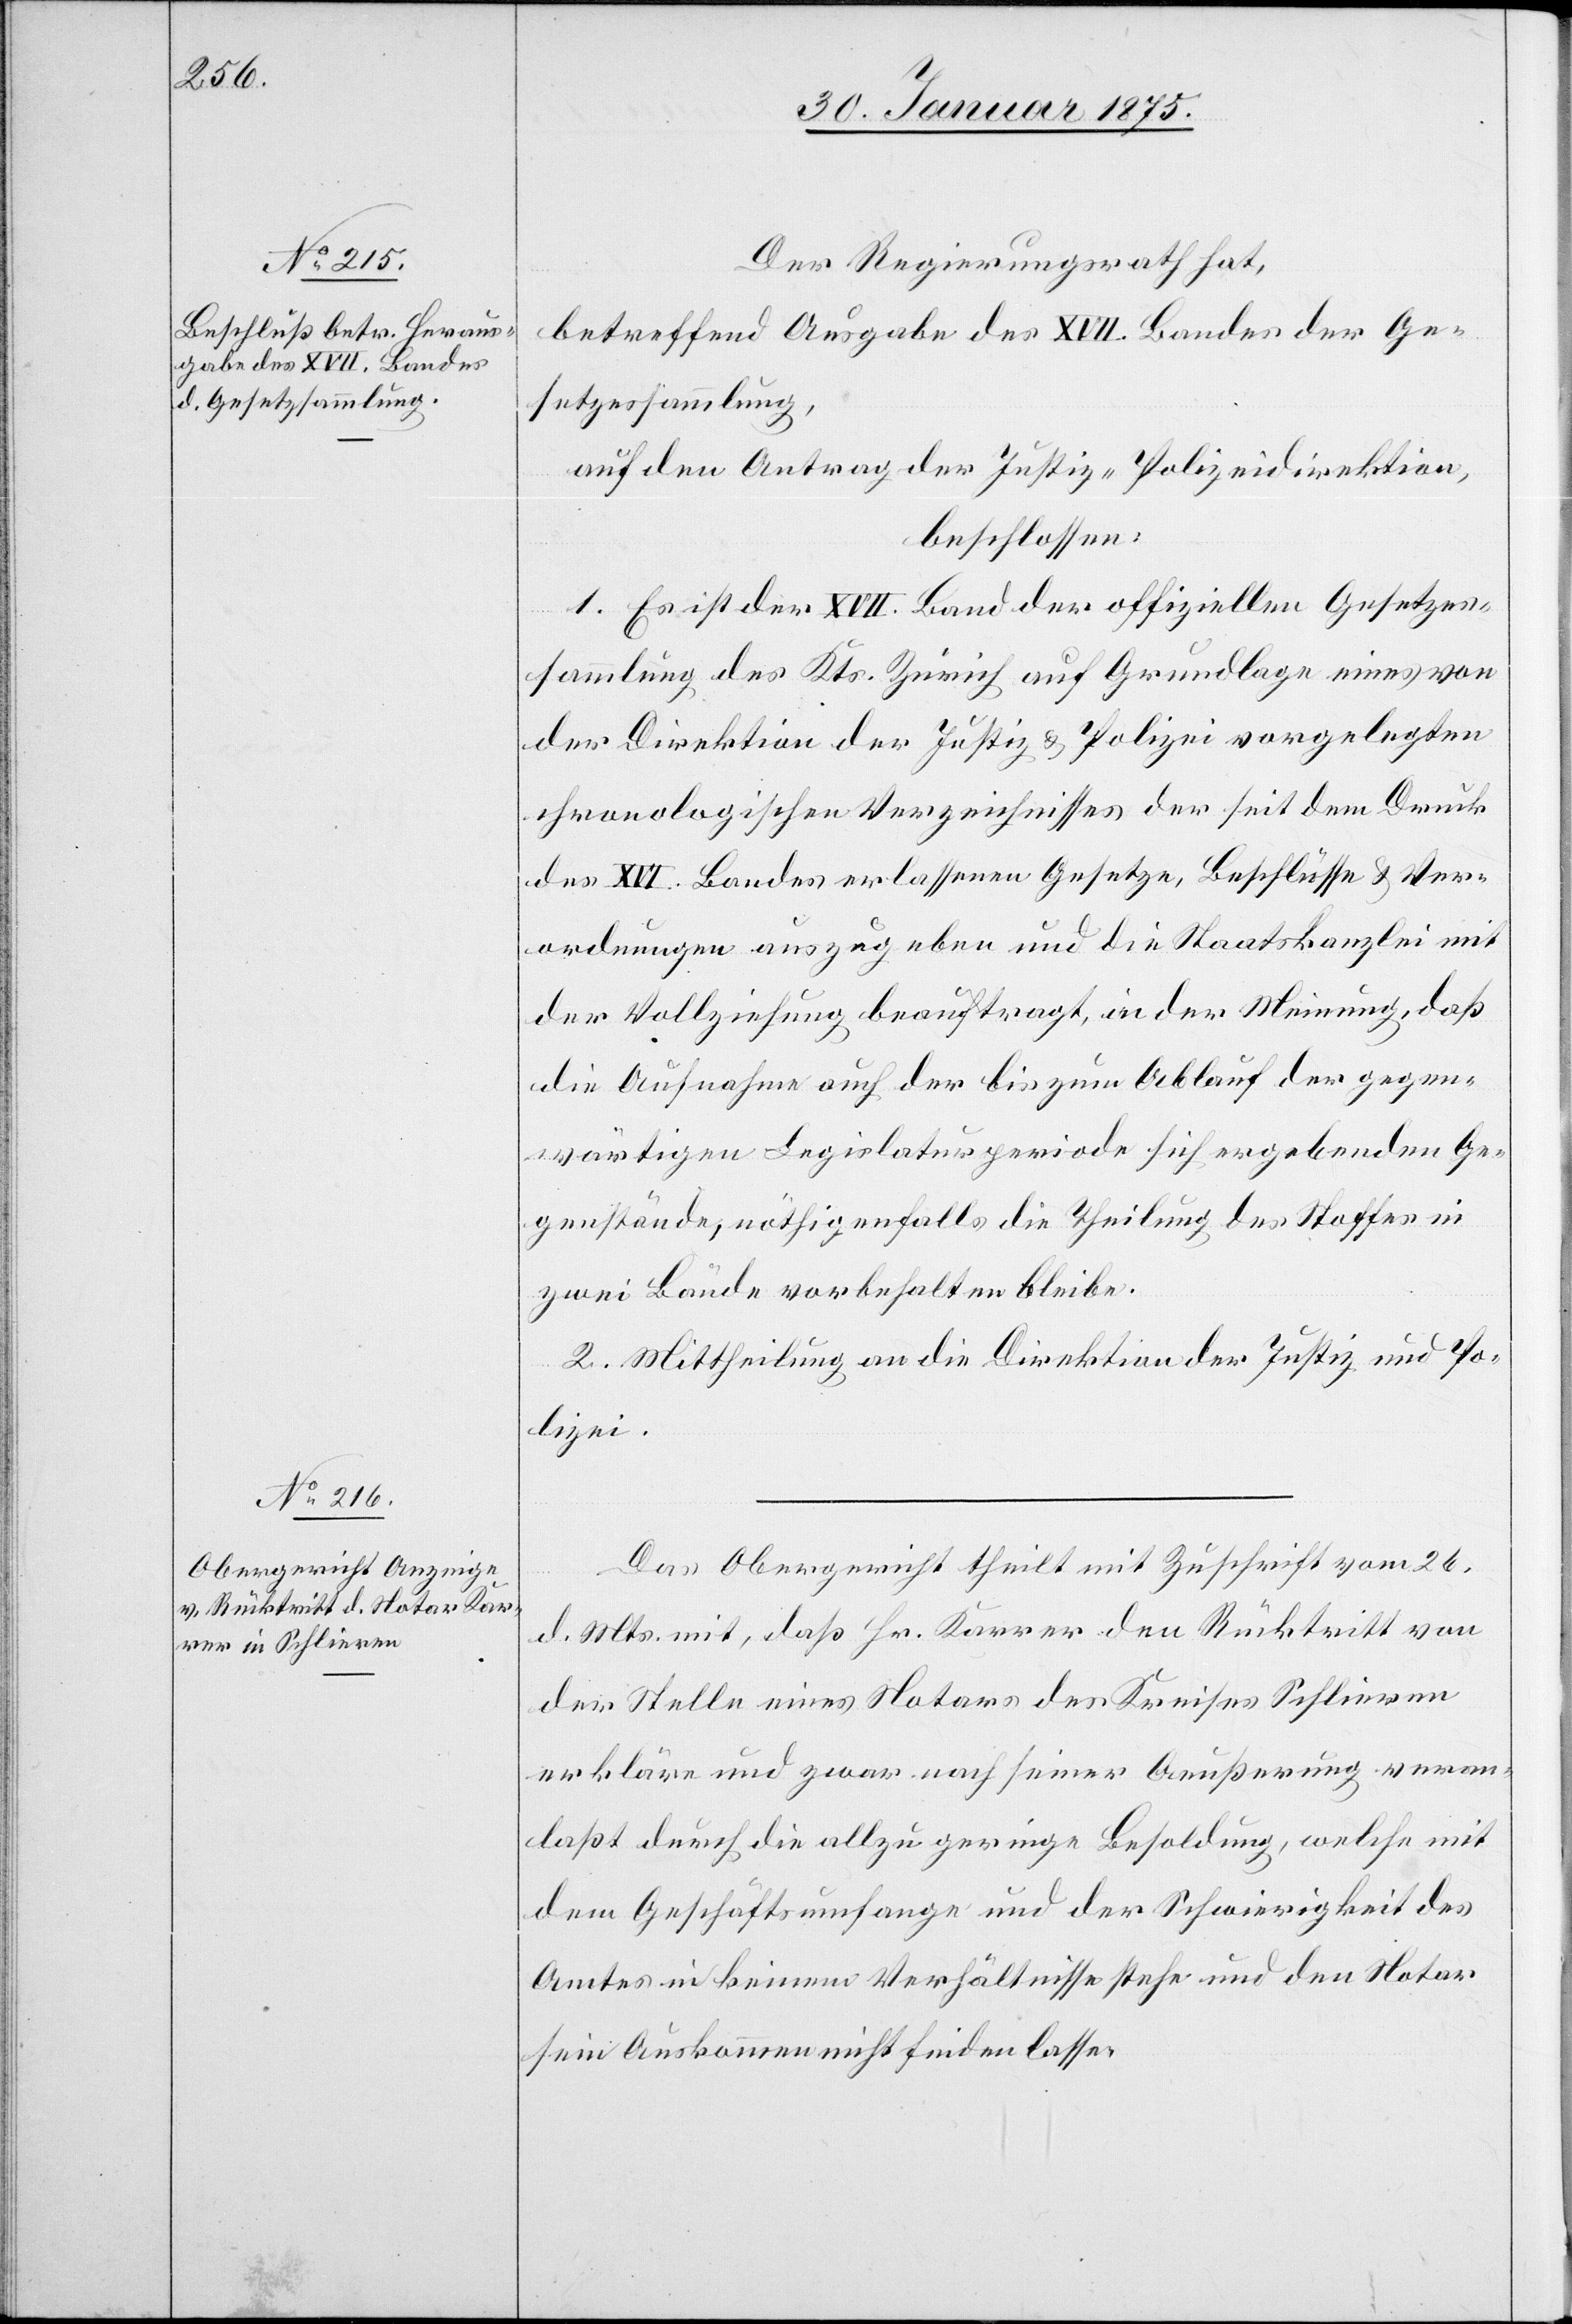
Der Regierungsrath hat,
betreffend Ausgabe des XVII. Bandes der Ge¬
setzessammlung,
auf den Antrag der Justiz-Polizeidirektion,
beschlossen:
1. Es ist der XVII. Band der offiziellen Gesetzes¬
sammlung des Kts. Zürich auf Grundlage eines von
der Direktion der Justiz & Polizei vorgelegten
chronologischen Verzeichnisses der seit dem Druck
des XVI. Bandes erlassenen Gesetze, Beschlüsse & Ver¬
ordnungen auszugeben und die Staatskanzlei mit
der Vollziehung beauftragt, in der Meinung, daß
die Aufnahme auch der bis zum Ablauf der gegen¬
wärtigen Legislaturperiode sich ergebenden Ge¬
genstände, nöthigenfalls die Theilung des Stoffes in
zwei Bände vorbehalten bleibe.
2. Mittheilung an die Direktion der Justiz und Po¬
lizei.
Das Obergericht theilt mit Zuschrift vom 26.
d. Mts. mit, daß Hr. Karrer den Rücktritt von
der Stelle eines Notars des Kreises Schlieren
erkläre und zwar nah seiner Aeußerung veran¬
laßt durch die allzu geringe Besoldung, welche mit
dem Geschäftsumfange und der Schwierigkeit des
Amtes in keinem Verhältnisse stehe und den Notar
sein Auskommen nicht finden lasse.